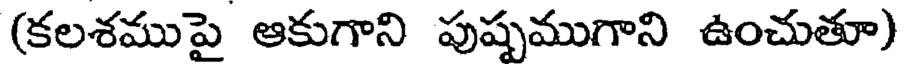
(కలశముపై ఆకుగాని పుష్పముగాని ఉంచుతూ)